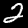
Label: 2